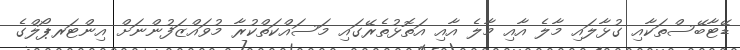
ޑޭޓާބޭސްތަކާއި ގުޅާލައި މާލެ އާއި މާލެ އާއި އަތޮޅުތެރޭގައި މަސައްކަތްކުރާ މުވައްޒަފުންނަށް އިންޓަރޕޯލްގެ